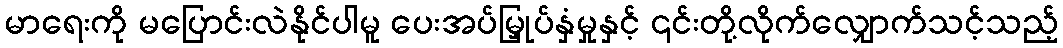
မာရေးကို မပြောင်းလဲနိုင်ပါမူ ပေးအပ်မြှုပ်နှံမှုနှင့် ၎င်းတို့လိုက်လျှောက်သင့်သည့်